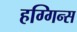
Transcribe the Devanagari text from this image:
हग्गिन्स